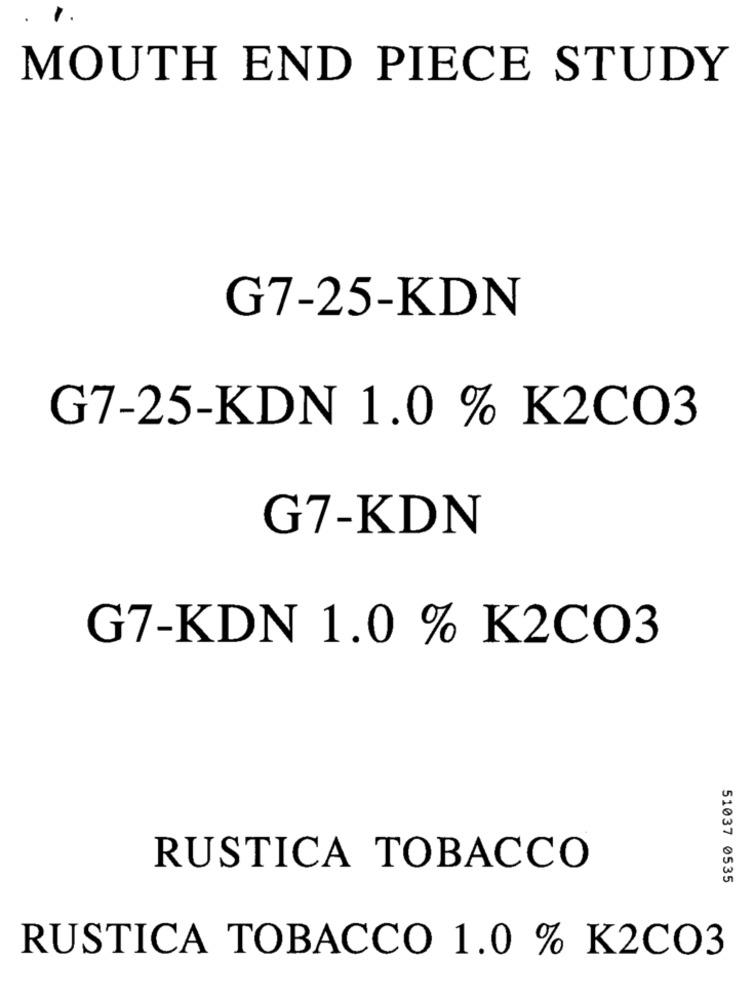
MOUTH END PIECE STUDY
G7-25-KDN
G7-25-KDN 1.0 % K2CO3
G7-KDN
G7-KDN 1.0 % K2CO3
RUSTICA TOBACCO
51037 0535
RUSTICA TOBACCO 1.0 % K2CO3